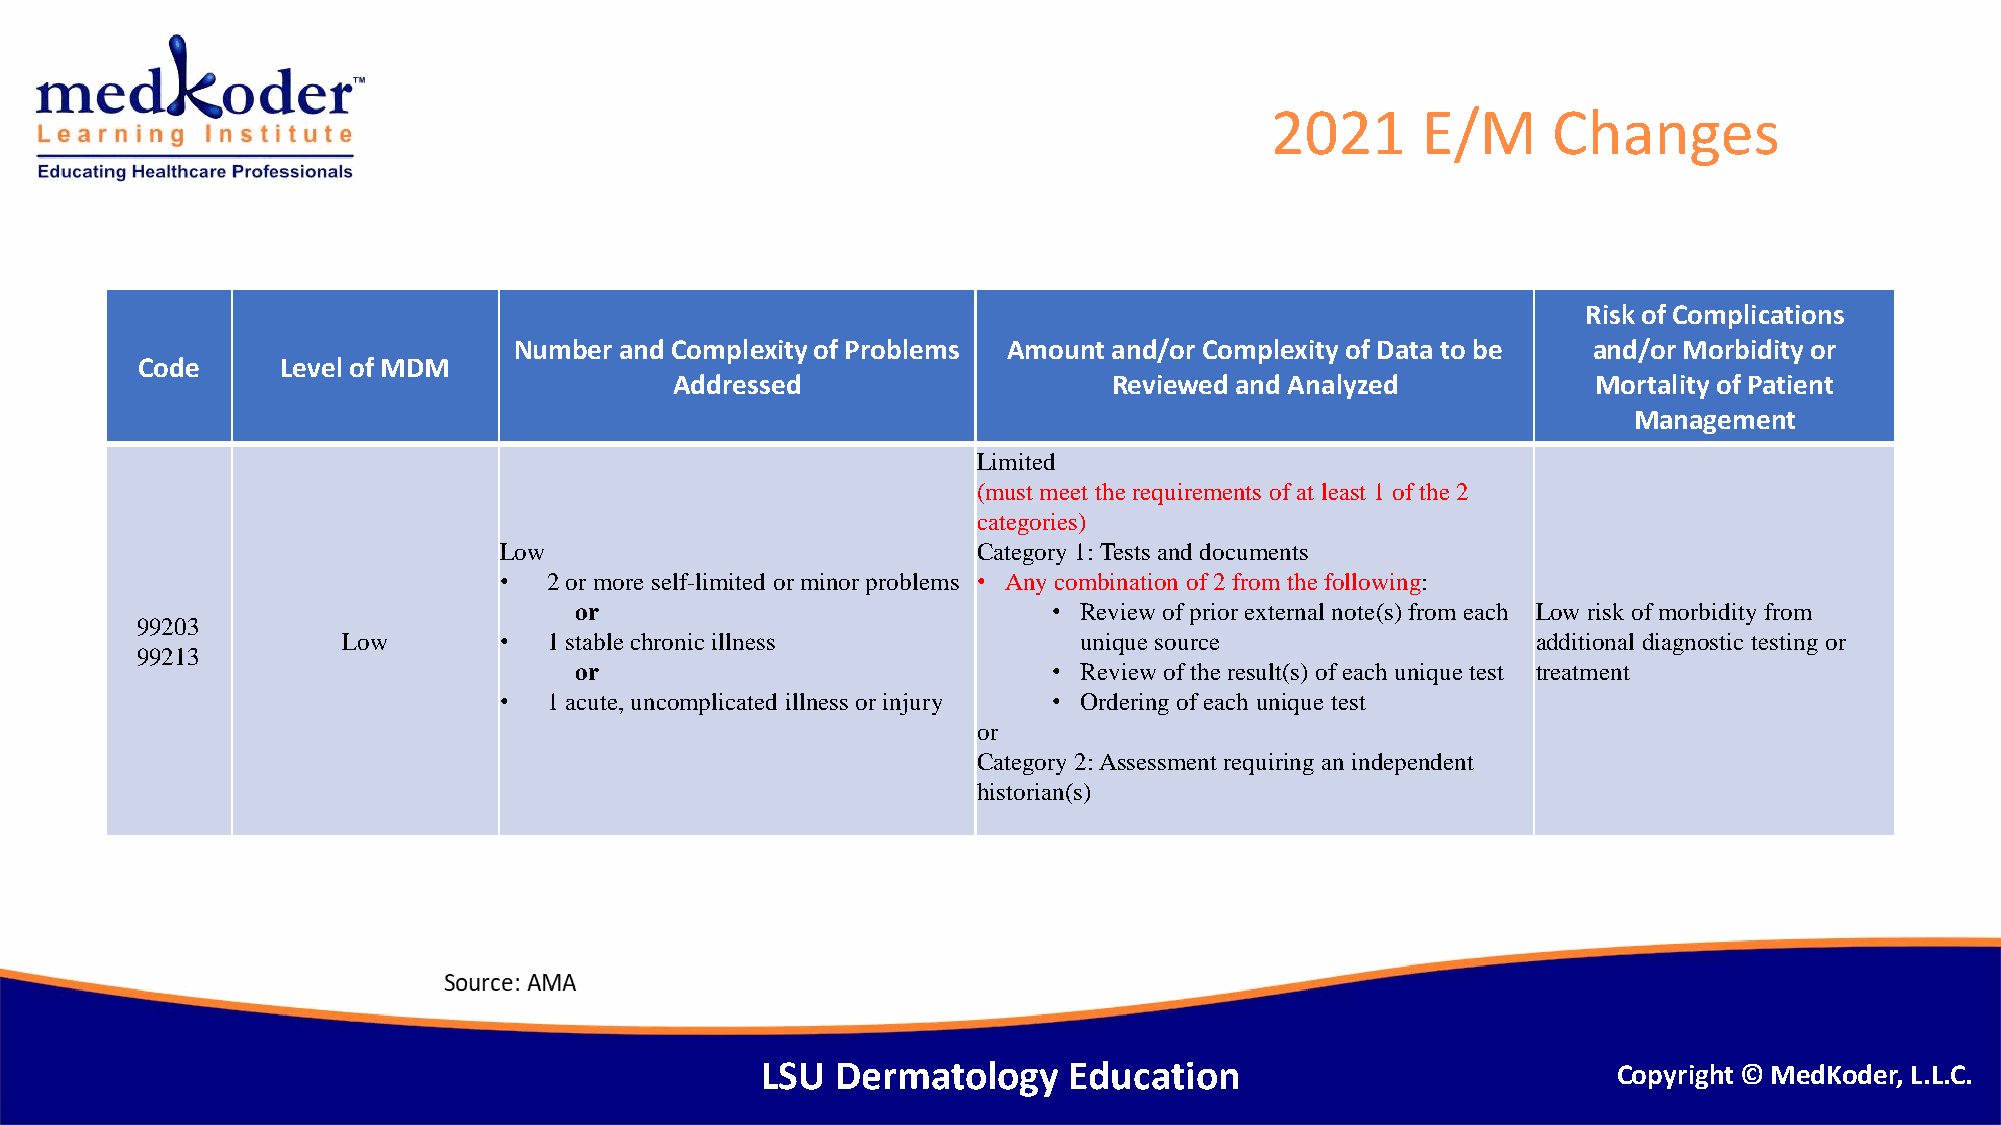
2021      E/M      Changes
 Risk of Complications
 Number and Complexity of Problems Amount and/or Complexity of Data to be and/or Morbidity or
 Code      Level of MDM
 Addressed                    Reviewed and Analyzed           Mortality of Patient
 Management
 Limited
 (must meet the requirements of at least 1 of the 2
 categories)
 Low                             Category 1: Tests and documents
 •  2 or more self-limited or minor problems • Any combination of 2 from the following:
 or                              • Review of prior external note(s) from each Low risk of morbidity from
 99203
 Low       •  1 stable chronic illness            unique source                 additional diagnostic testing or
 99213
 or                              • Review of the result(s) of each unique test treatment
 •  1 acute, uncomplicated illness or injury • Ordering of each unique test
 or
 Category 2: Assessment requiring an independent
 historian(s)
 LSU  Dermatology     Education                           Copyright © MedKoder, L.L.C.